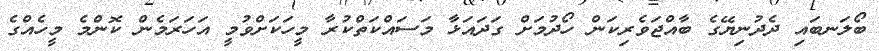
ބޯލަނބައި ދެދުނިޔޭގެ ބާއްޖަވެރިކަން ހޯދުމަށް ގަދައަޅާ މަސައްކަތްކުރާ މީހަކަށްވުމީ އަހަރަމެން ކޮންމެ މީހެއްގެ